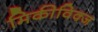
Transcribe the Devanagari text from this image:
मिकीविक्ज